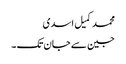
محمد کمیل اسدی
جین سے جان تک ۔